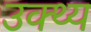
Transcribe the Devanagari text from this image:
उक्थ्य